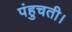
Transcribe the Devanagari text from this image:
पंहुचती।